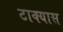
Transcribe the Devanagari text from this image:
टाक्यास